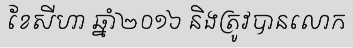
ខែសីហា ឆ្នាំ២០១៦ និងត្រូវបានលោក